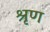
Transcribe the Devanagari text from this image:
श्रृण